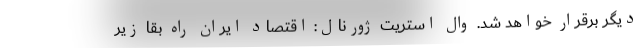
دیگر برقرار خواهد شد. وال استریت ژورنال: اقتصاد ایران راه بقا زیر